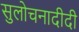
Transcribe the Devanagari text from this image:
सुलोचनादीदी